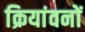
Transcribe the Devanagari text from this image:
क्रियांवनों